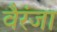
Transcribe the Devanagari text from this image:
वैरंजा